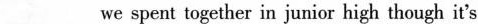
___ we spent together in junior high though it's